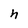
Character: h